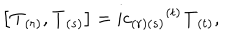
\left[ { \bf T } _ { ( r ) } , { \bf T } _ { ( s ) } \right] = i { c _ { ( r ) ( s ) } } ^ { ( t ) } { \bf T } _ { ( t ) } ,